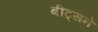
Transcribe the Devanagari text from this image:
बीट्सने